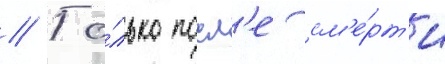
// То́лько посл'е см'е́рт'и